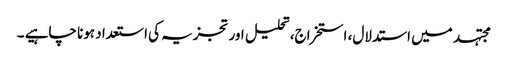
مجتہد میں استدلال، استخراج، تحلیل اور تجزیہ کی استعداد ہونا چاہیے ۔